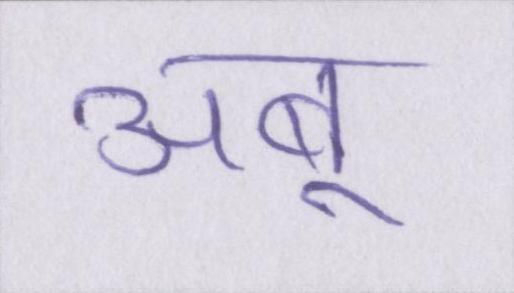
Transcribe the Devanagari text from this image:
अबू